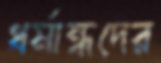
ধর্মান্ধদের